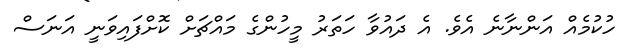
ހުކުމެއް އަންނާނެ އެވެ. އެ ދައުވާ ހަތަރު މީހުންގެ މައްޗަށް ކޮށްފައިވަނީ އަނަސް